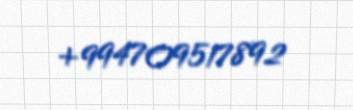
+994709517892